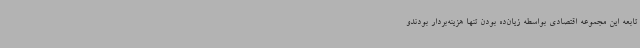
تابعه این مجموعه اقتصادی بواسطه زیان‌ده بودن تنها هزینه‌بردار بودندو